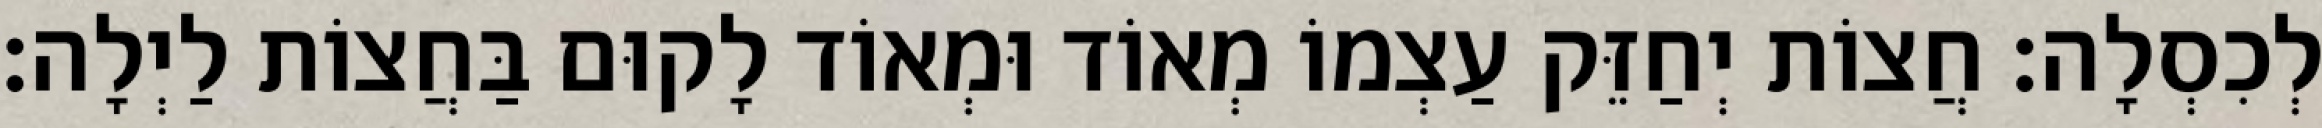
לְכִסְלָה: חֲצוֹת יְחַזֵּק עַצְמוֹ מְאוֹד וּמְאוֹד לָקוּם בַּחֲצוֹת לַיְלָה: